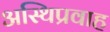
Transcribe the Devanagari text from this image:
अस्थिप्रवाह